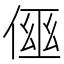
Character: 𠋗